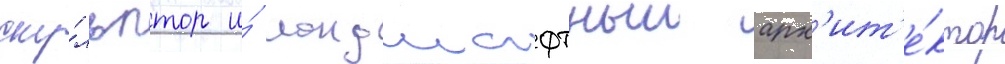
ску́льптор и́ ландшафтныи арх'ит'е́ктор